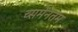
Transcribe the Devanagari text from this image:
च्समेंनतम